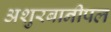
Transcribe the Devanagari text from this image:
अशुरबानीपल